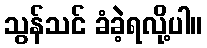
သွန်သင် ခံခဲ့ရလို့ပါ။